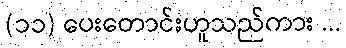
(၁၁) ပေးတောင်းဟူသည်ကား ...